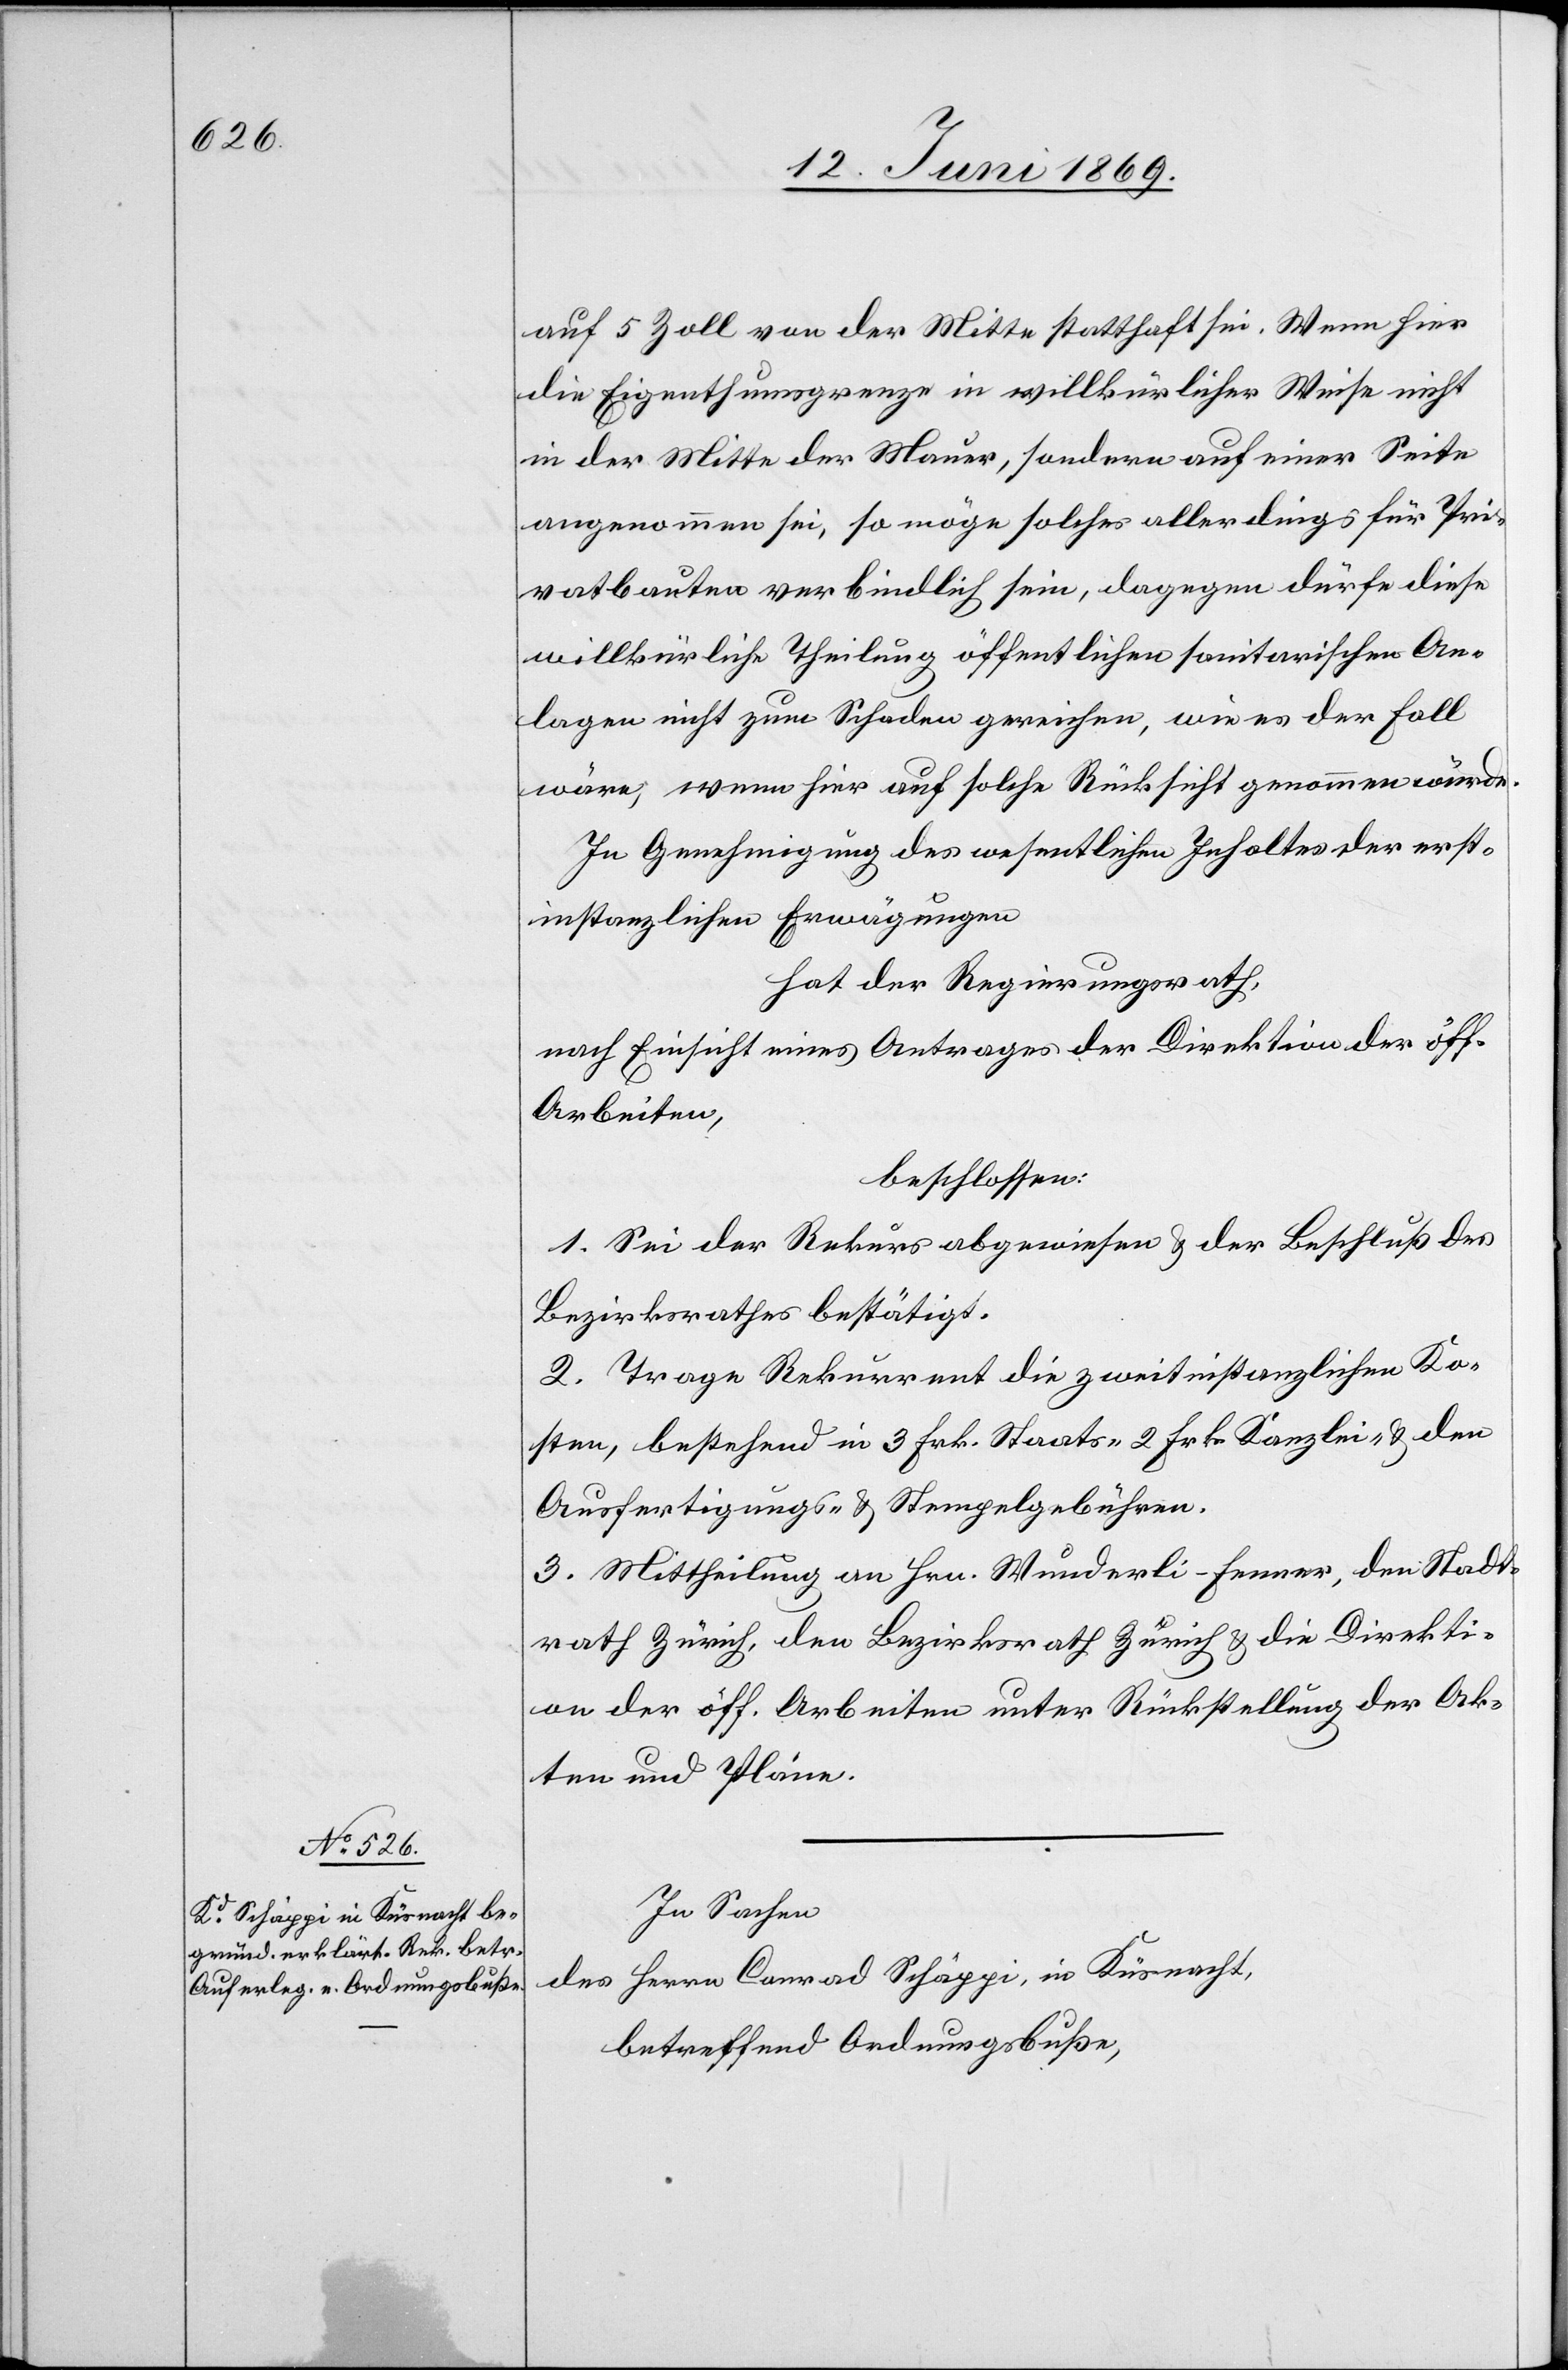
auf 5 Zoll von der Mitte statthaft sei. Wenn hier
die Eigenthumsgrenze in willkürlicher Weise nicht
in der Mitte der Mauer, sondern auf einer Seite
angenommen sei, so möge solches allerdings für Pri¬
vatbauten verbindlich sein, dagegen dürfe diese
willkürliche Theilung öffentlichen sanitarischen An¬
lagen nicht zum Schaden gereichen, wie es der Fall
wäre, wenn hier auf solche Rücksicht genommen würde.
In Genehmigung des wesentlichen Inhaltes der erst¬
instanzlichen Erwägungen
Hat der Regierungsrath,
nach Einsicht eines Antrages der Direktion der öff.
Arbeiten,
beschlossen:
1. Sei der Rekurs abgewiesen u. der Beschluß des
Bezirksrathes bestätigt.
2. Trage Rekurrent die zweitinstanzlichen Ko¬
sten, bestehend in 3 Frk. Staats-[,] 2 Frk. Kanzlei- u. den
Ausfertigungs- u. Stempelgebühren.
3. Mittheilung an Hrn. Wunderli-Fenner, den Stadt¬
rath Zürich, den Bezirksrath Zürich u. die Direkti¬
on der öff. Arbeiten unter Rückstellung der Ak¬
ten und Pläne.
In Sachen
des Herrn Conrad Schäppi, in Küsnacht,
betreffend Ordnungsbuße,